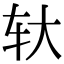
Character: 轪